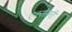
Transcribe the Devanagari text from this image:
एक्सेसरी